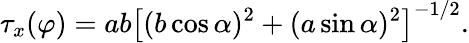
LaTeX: \tau_{x}(\varphi)={ab}\left[(b\cos\alpha)^{2}+(a\sin\alpha)^{2}\right]^{-1/2}.